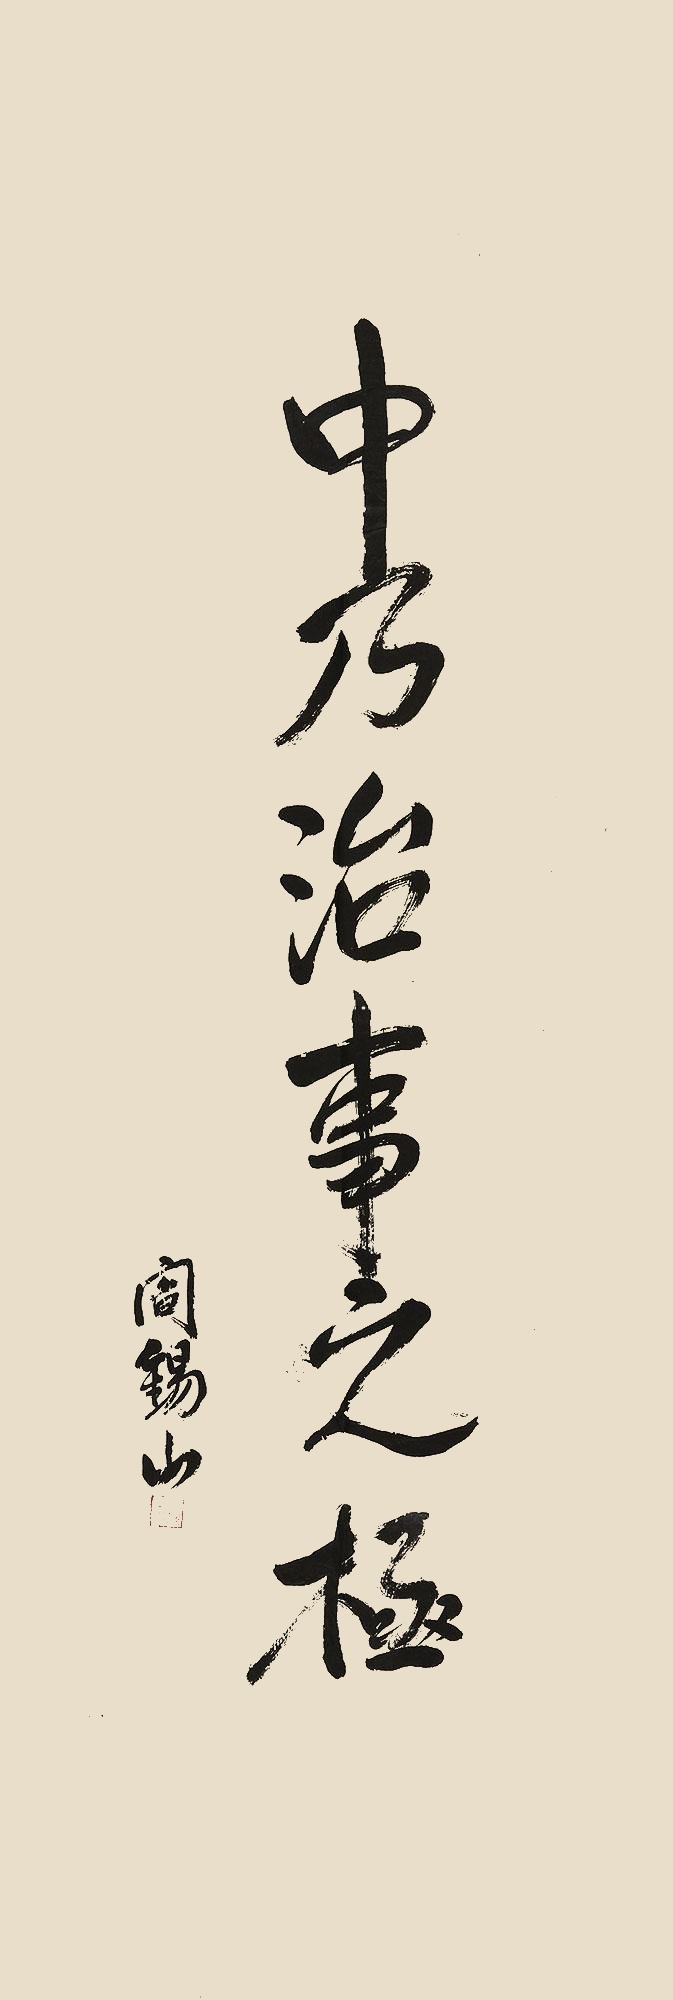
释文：中乃治事之极，阎锡山。